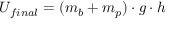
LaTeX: U _ { f i n a l } = ( m _ { b } + m _ { p } ) \cdot g \cdot h